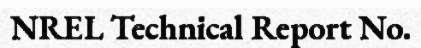
NREL Technical Report No.